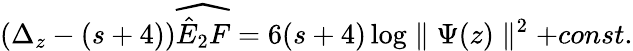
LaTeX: (\Delta_{z}-(s+4))\widehat{\hat{E}_{2}F}=6(s+4)\log\parallel\Psi(z)\parallel^{2}+const.